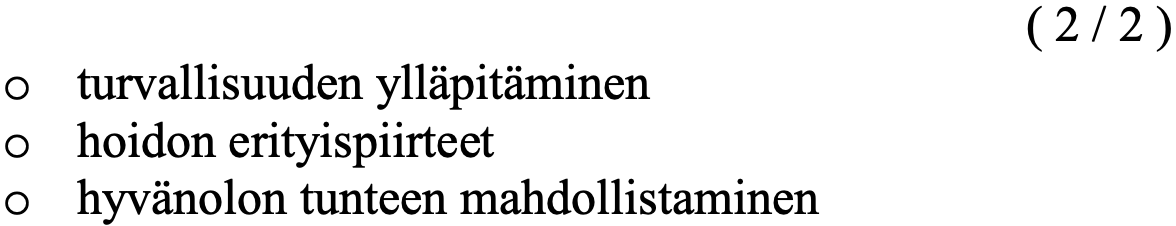
( 2 / 2 ) o  turvallisuuden ylläpitäminen o  hoidon erityispiirteet o  hyvänolon tunteen mahdollistaminen